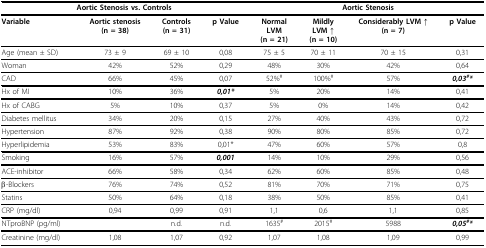
<table><thead><tr><td colspan="4"><b>Aortic Stenosis vs. Controls</b></td><td colspan="4"><b>Aortic Stenosis</b></td></tr></thead><tbody><tr><td><b>Variable</b></td><td><b>Aortic stenosis</b><b>(n = 38)</b></td><td><b>Controls</b><b>(n = 31)</b></td><td><b>p Value</b></td><td><b>Normal</b><b>LVM</b><b>(n = 21)</b></td><td><b>Mildly</b><b>LVM ↑</b><b>(n = 10)</b></td><td><b>Considerably LVM ↑</b><b>(n = 7)</b></td><td><b>p Value</b></td></tr><tr><td>Age (mean ± SD)</td><td>73 ± 9</td><td>69 ± 10</td><td>0,08</td><td>75 ± 5</td><td>70 ± 11</td><td>70 ± 15</td><td>0,31</td></tr><tr><td>Woman</td><td>42%</td><td>52%</td><td>0,29</td><td>48%</td><td>30%</td><td>42%</td><td>0,64</td></tr><tr><td>CAD</td><td>66%</td><td>45%</td><td>0,07</td><td>52%<sup>#</sup></td><td>100%<sup>#</sup></td><td>57%</td><td><b><i>0,03<sup>#</sup>*</i></b></td></tr><tr><td>Hx of MI</td><td>10%</td><td>36%</td><td><b><i>0,01*</i></b></td><td>5%</td><td>20%</td><td>14%</td><td>0,41</td></tr><tr><td>Hx of CABG</td><td>5%</td><td>10%</td><td>0,37</td><td>5%</td><td>0%</td><td>14%</td><td>0,42</td></tr><tr><td>Diabetes mellitus</td><td>34%</td><td>20%</td><td>0,15</td><td>27%</td><td>40%</td><td>43%</td><td>0,72</td></tr><tr><td>Hypertension</td><td>87%</td><td>92%</td><td>0,38</td><td>90%</td><td>80%</td><td>85%</td><td>0,72</td></tr><tr><td>Hyperlipidemia</td><td>53%</td><td>83%</td><td>0,01*</td><td>47%</td><td>60%</td><td>57%</td><td>0,8</td></tr><tr><td>Smoking</td><td>16%</td><td>57%</td><td><b><i>0,001</i></b></td><td>14%</td><td>10%</td><td>29%</td><td>0,56</td></tr><tr><td>ACE-inhibitor</td><td>66%</td><td>58%</td><td>0,34</td><td>62%</td><td>60%</td><td>85%</td><td>0,48</td></tr><tr><td>β-Blockers</td><td>76%</td><td>74%</td><td>0,52</td><td>81%</td><td>70%</td><td>71%</td><td>0,75</td></tr><tr><td>Statins</td><td>50%</td><td>64%</td><td>0,18</td><td>38%</td><td>50%</td><td>85%</td><td>0,41</td></tr><tr><td>CRP (mg/dl)</td><td>0,94</td><td>0,99</td><td>0,91</td><td>1,1</td><td>0,6</td><td>1,1</td><td>0,85</td></tr><tr><td>NTproBNP (pg/ml)</td><td></td><td>n.d.</td><td>n.d.</td><td>1635<sup>#</sup></td><td>2015<sup>#</sup></td><td>5988</td><td><b><i>0,05<sup>#</sup>*</i></b></td></tr><tr><td>Creatinine (mg/dl)</td><td>1,08</td><td>1,07</td><td>0,92</td><td>1,07</td><td>1,08</td><td>1,09</td><td>0,99</td></tr></tbody></table>